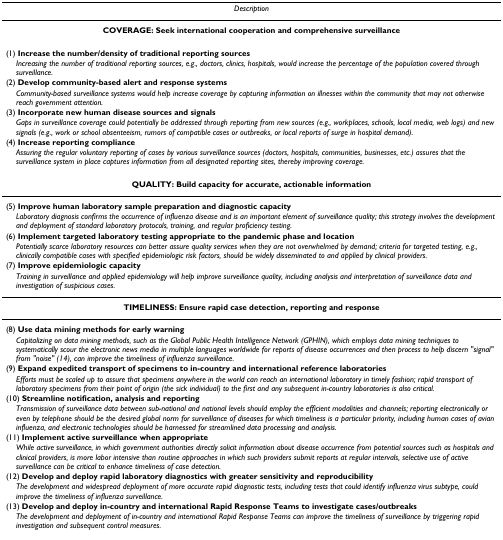
<table><thead><tr><td><b><i>Description</i></b></td></tr></thead><tbody><tr><td><b>COVERAGE: Seek international cooperation and comprehensive surveillance</b></td></tr><tr><td>(1) <b>Increase the number/density of traditional reporting sources</b></td></tr><tr><td> <i>Increasing the number of traditional reporting sources, e.g., doctors, clinics, hospitals, would increase the percentage of the population covered through surveillance.</i></td></tr><tr><td>(2) <b>Develop community-based alert and response systems</b></td></tr><tr><td> <i>Community-based surveillance systems would help increase coverage by capturing information on illnesses within the community that may not otherwise reach government attention.</i></td></tr><tr><td>(3) <b>Incorporate new human disease sources and signals</b></td></tr><tr><td> <i>Gaps in surveillance coverage could potentially be addressed through reporting from new sources (e.g., workplaces, schools, local media, web logs) and new signals (e.g., work or school absenteeism, rumors of compatible cases or outbreaks, or local reports of surge in hospital demand).</i></td></tr><tr><td>(4) <b>Increase reporting compliance</b></td></tr><tr><td> <i>Assuring the regular voluntary reporting of cases by various surveillance sources (doctors, hospitals, communities, businesses, etc.) assures that the surveillance system in place captures information from all designated reporting sites, thereby improving coverage.</i></td></tr><tr><td><b>QUALITY: Build capacity for accurate, actionable information</b></td></tr><tr><td>(5) <b>Improve human laboratory sample preparation and diagnostic capacity</b></td></tr><tr><td> <i>Laboratory diagnosis confirms the occurrence of influenza disease and is an important element of surveillance quality; this strategy involves the development and deployment of standard laboratory protocols, training, and regular proficiency testing.</i></td></tr><tr><td>(6) <b>Implement targeted laboratory testing appropriate to the pandemic phase and location</b></td></tr><tr><td> <i>Potentially scarce laboratory resources can better assure quality services when they are not overwhelmed by demand; criteria for targeted testing, e.g., clinically compatible cases with specified epidemiologic risk factors, should be widely disseminated to and applied by clinical providers.</i></td></tr><tr><td>(7) <b>Improve epidemiologic capacity</b></td></tr><tr><td> <i>Training in surveillance and applied epidemiology will help improve surveillance quality, including analysis and interpretation of surveillance data and investigation of suspicious cases.</i></td></tr><tr><td><b>TIMELINESS: Ensure rapid case detection, reporting and response</b></td></tr><tr><td>(8) <b>Use data mining methods for early warning</b></td></tr><tr><td> <i>Capitalizing on data mining methods, such as the Global Public Health Intelligence Network (GPHIN), which employs data mining techniques to systematically scour the electronic news media in multiple languages worldwide for reports of disease occurrences and then process to help discern &quot;signal&quot; from &quot;noise&quot; (14), can improve the timeliness of influenza surveillance.</i></td></tr><tr><td>(9) <b>Expand expedited transport of specimens to in-country and international reference laboratories</b></td></tr><tr><td> <i>Efforts must be scaled up to assure that specimens anywhere in the world can reach an international laboratory in timely fashion; rapid transport of laboratory specimens from their point of origin (the sick individual) to the first and any subsequent in-country laboratories is also critical.</i></td></tr><tr><td>(10) <b>Streamline notification, analysis and reporting</b></td></tr><tr><td> <i>Transmission of surveillance data between sub-national and national levels should employ the efficient modalities and channels; reporting electronically or even by telephone should be the desired global norm for surveillance of diseases for which timeliness is a particular priority, including human cases of avian influenza, and electronic technologies should be harnessed for streamlined data processing and analysis.</i></td></tr><tr><td>(11) <b>Implement active surveillance when appropriate</b></td></tr><tr><td> <i>While active surveillance, in which government authorities directly solicit information about disease occurrence from potential sources such as hospitals and clinical providers, is more labor intensive than routine approaches in which such providers submit reports at regular intervals, selective use of active surveillance can be critical to enhance timeliness of case detection.</i></td></tr><tr><td>(12) <b>Develop and deploy rapid laboratory diagnostics with greater sensitivity and reproducibility</b></td></tr><tr><td> <i>The development and widespread deployment of more accurate rapid diagnostic tests, including tests that could identify influenza virus subtype, could improve the timeliness of influenza surveillance.</i></td></tr><tr><td>(13) <b>Develop and deploy in-country and international Rapid Response Teams to investigate cases/outbreaks</b></td></tr><tr><td> <i>The development and deployment of in-country and international Rapid Response Teams can improve the timeliness of surveillance by triggering rapid investigation and subsequent control measures.</i></td></tr></tbody></table>